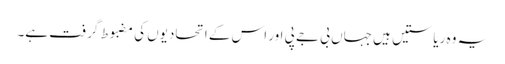
یہ وہ ریاستیں ہیں جہاں بی جے پی اور اس کے اتحادیوں کی مضبوط گرفت ہے۔